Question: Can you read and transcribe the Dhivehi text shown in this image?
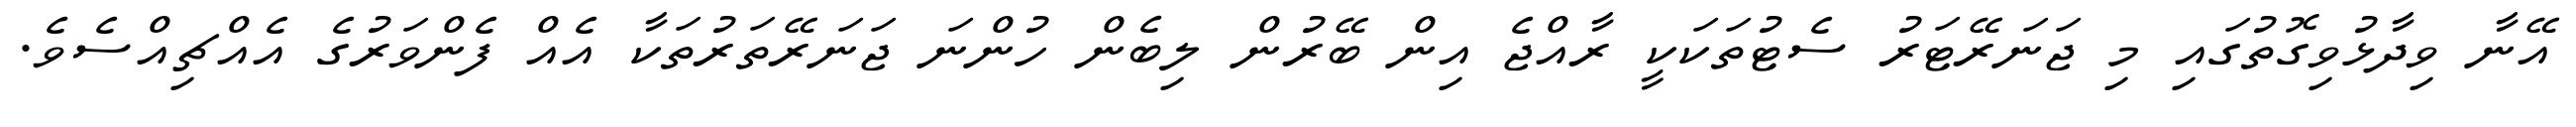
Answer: އޭނާ ވިދާޅުވިގޮތުގައި މި ޖަނަރޭޓަރު ސެޓުތަކަކީ ރާއްޖެ އިން ބޭރުން ލިބެން ހުންނަ ޖަނަރޭތަރުތަކާ އެއް ފެންވަރުގެ އެއްޗިއްސެވެ.